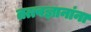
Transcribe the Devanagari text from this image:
तत्त्वज्ञानांना